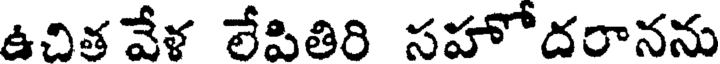
ఉచిత వేళ లేపితిరి సహోదరానను